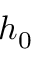
h _ { 0 }